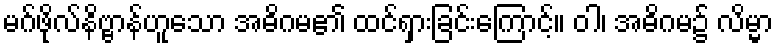
မဂ်ဖိုလ်နိဗ္ဗာန်ဟူသော အဓိဂမ၏ ထင်ရှားခြင်းကြောင့်။ ဝါ၊ အဓိဂမ၌ လိမ္မာ